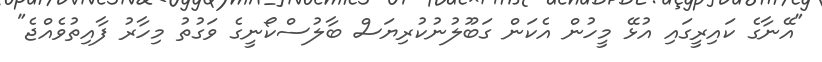
"އޭނާގެ ކައިރީގައި އުޅޭ މީހުން އެކަން ގަބޫލުނުކުރިޔަސް ބާލުސްކޯނީގެ ވަގުތު މިހާރު ފާއިތުވެއްޖެ"